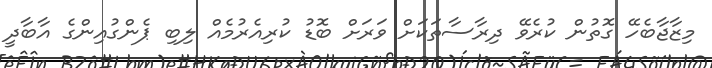
މިޒާޖާބެހޭ ގޮތުން ކުރެވޭ ދިރާސާތަކަށް ވަރަށް ބޮޑު ކުރިއެރުމެއް ލިބި ޕެންގުއިންގެ އާބާދީ